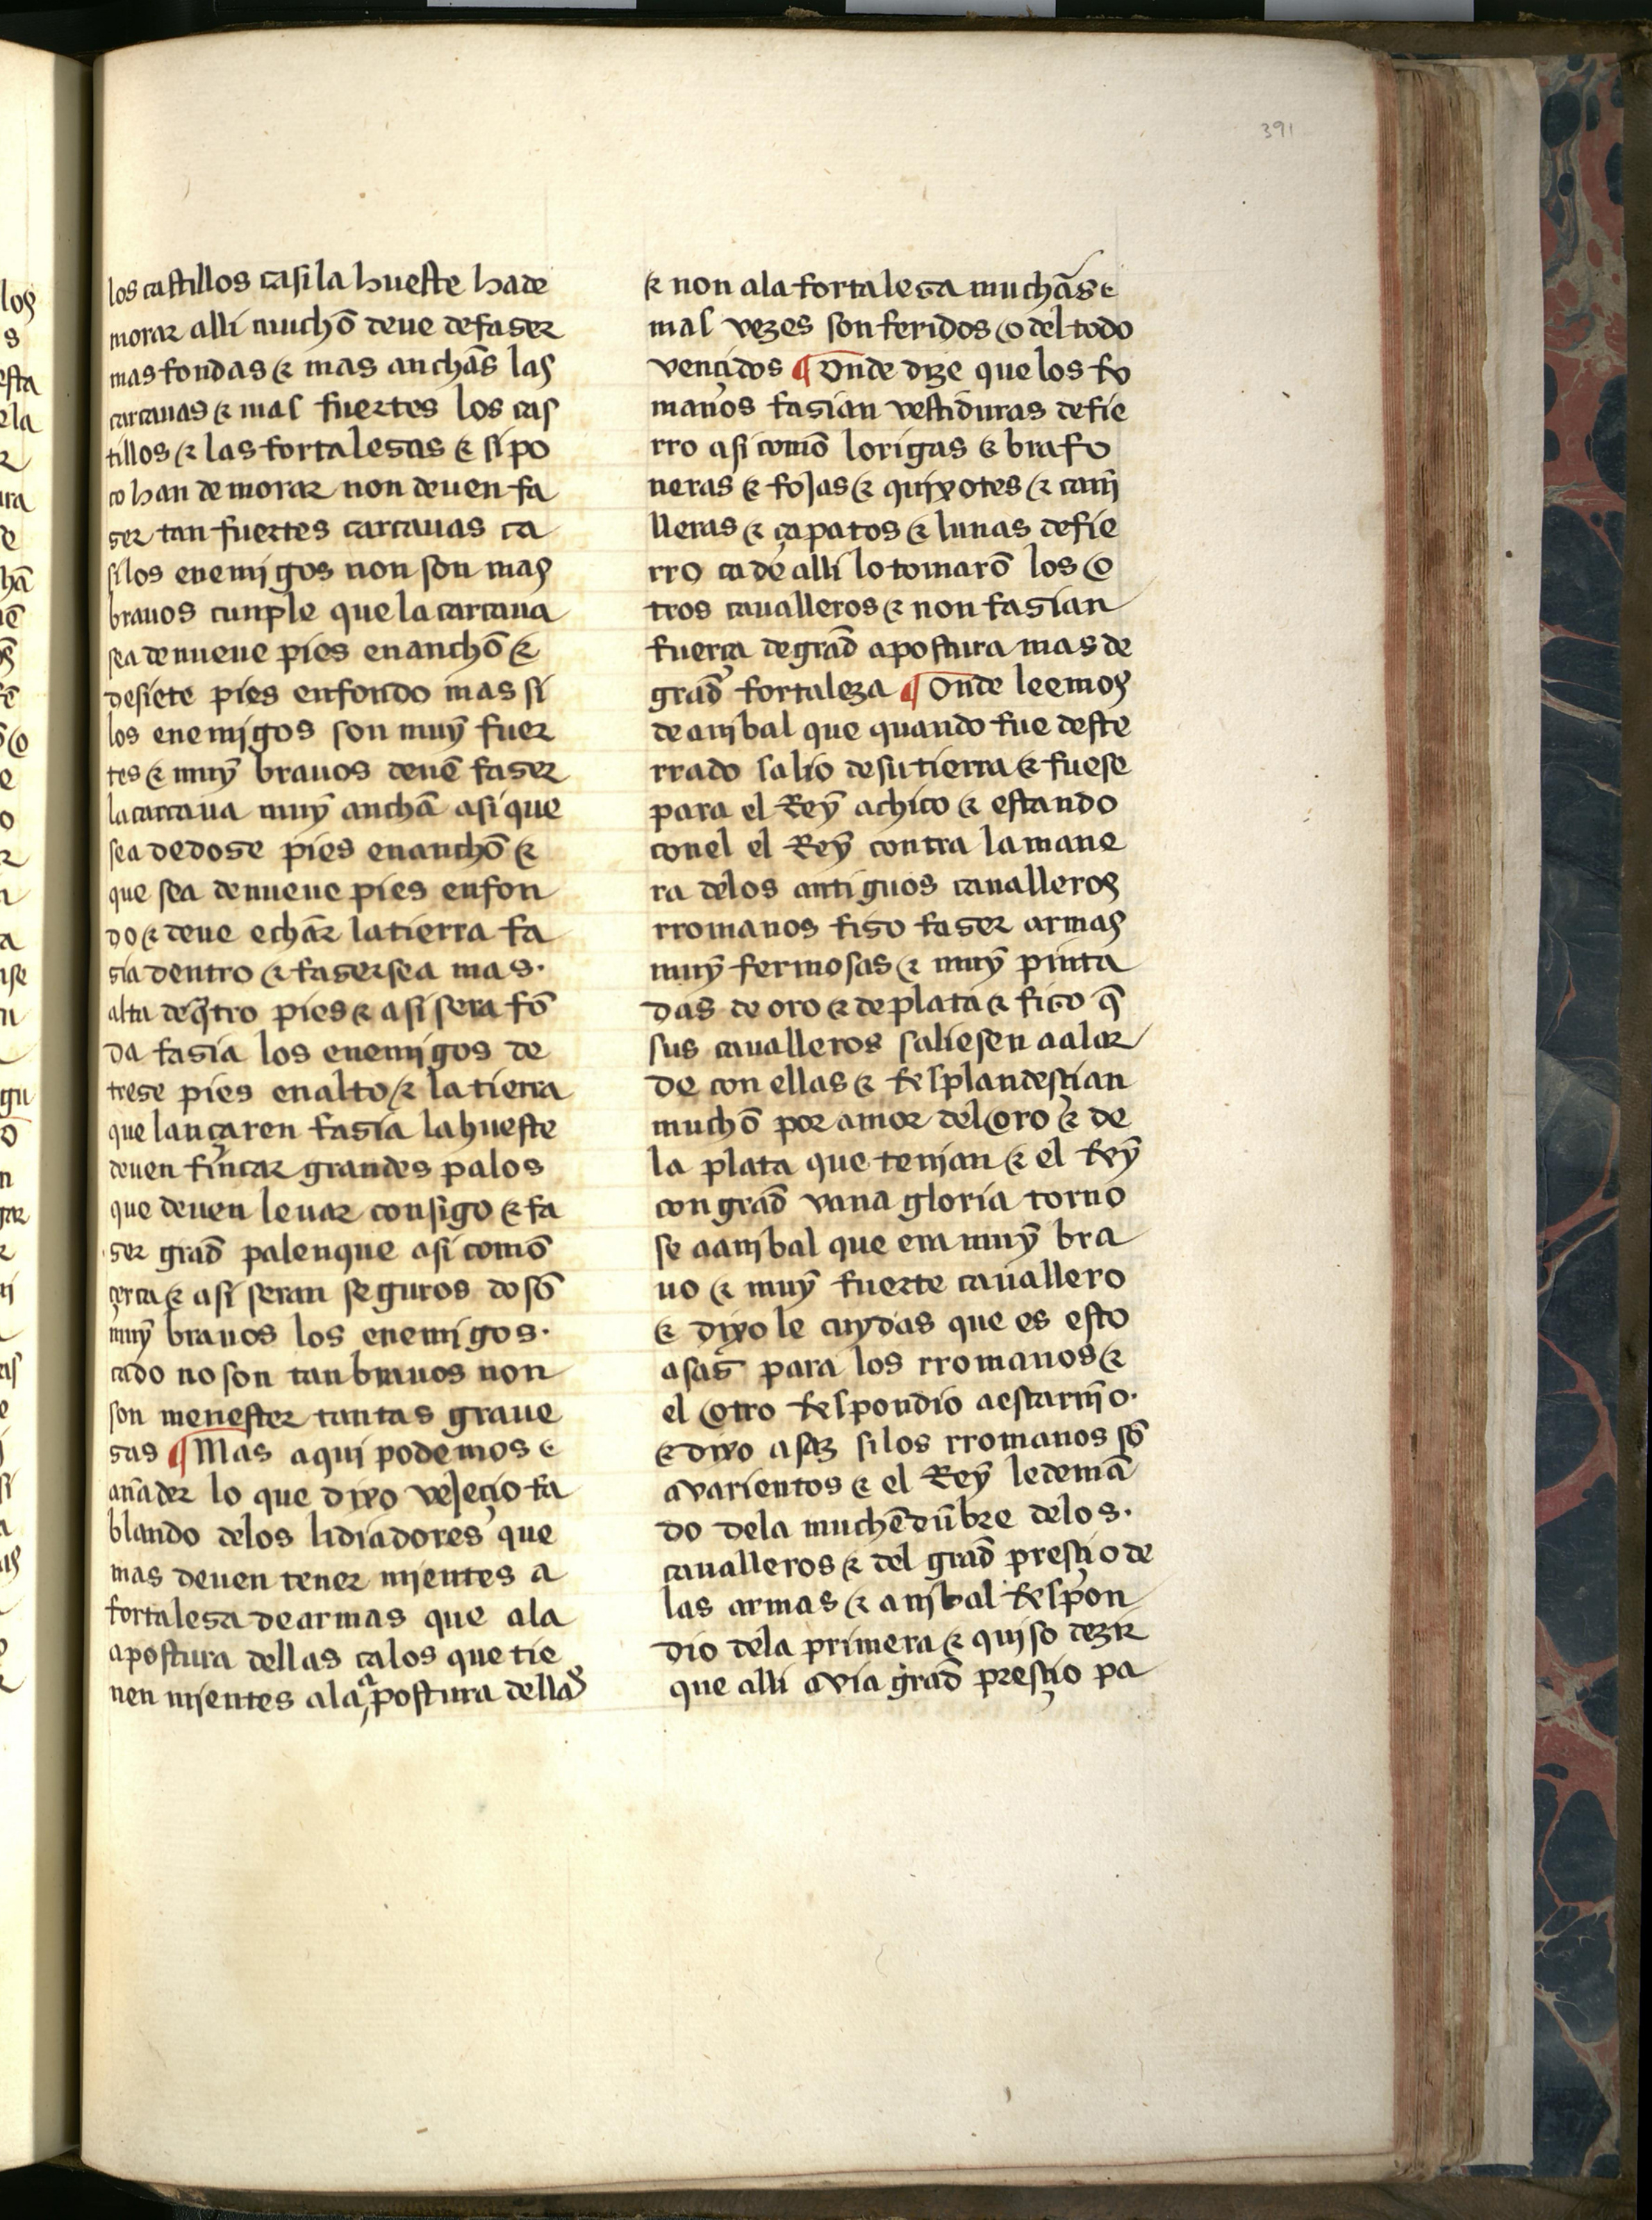
Shelfmark: Salamanca, Biblioteca Histórica USAL, 2709
Century: 15